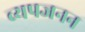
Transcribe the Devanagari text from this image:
व्‍यपजनन